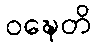
ဝဍ္ဎေတိ